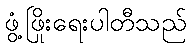
ဖွံ့ဖြိုးရေးပါတီသည်